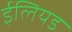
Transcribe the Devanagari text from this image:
ईलियड